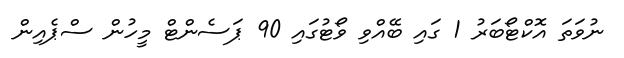
ނުވަތަ އޮކްޓޯބަރު 1 ގައި ބޭއްވި ވޯޓުގައި 90 ޕަސެންޓް މީހުން ސްޕެއިން